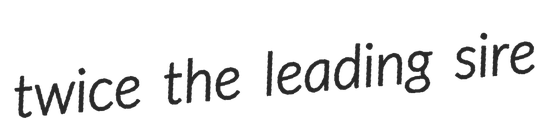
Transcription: twice the leading sire